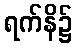
ရက်နိ၌